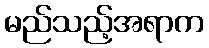
မည်သည့်အရာက